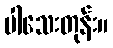
ပါသေးတုန်း။